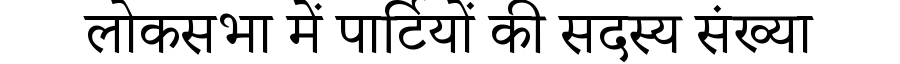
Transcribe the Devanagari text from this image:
लोकसभा में पार्टियों की सदस्य संख्या